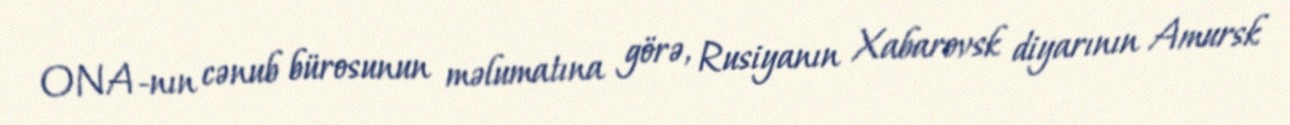
ONA-nın cənub bürosunun məlumatına görə, Rusiyanın Xabarovsk diyarının Amursk